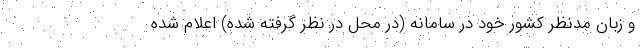
و زبان مدنظر کشور خود در سامانه (در محل در نظر گرفته شده) اعلام شده